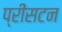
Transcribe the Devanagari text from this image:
प्रींसटन